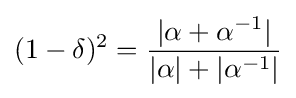
(1-\delta )^{2}={|\alpha +\alpha ^{-1}| \over |\alpha |+|\alpha ^{-1}|}